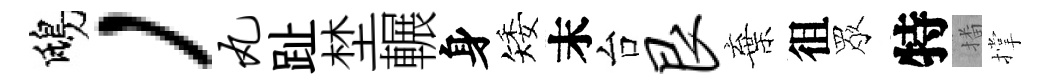
鴟，丸趾埜輾身矮末台艮棄徂眾特播撑